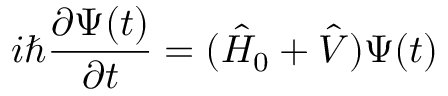
i \hbar \frac { \partial \Psi ( t ) } { \partial t } = ( \hat { H } _ { 0 } + \hat { V } ) \Psi ( t )